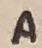
Text: A